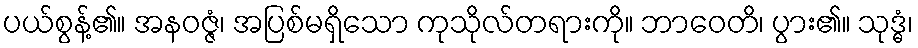
ပယ်စွန့်၏။ အနဝဇ္ဇံ၊ အပြစ်မရှိသော ကုသိုလ်တရားကို။ ဘာဝေတိ၊ ပွား၏။ သုဒ္ဓံ၊